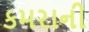
કમરાની